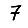
Digit: 7